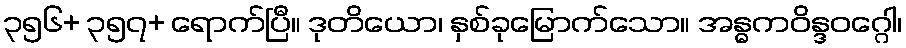
၃၅၆+ ၃၅၇+ ရောက်ပြီ။ ဒုတိယော၊ နှစ်ခုမြောက်သော။ အန္ဓကဝိန္ဒဝဂ္ဂေါ၊